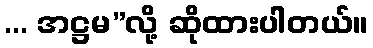
... အဋ္ဌမ”လို့ ဆိုထားပါတယ်။